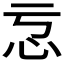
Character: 𭜋